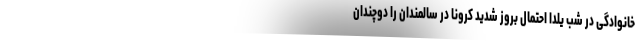
خانوادگی در شب یلدا احتمال بروز شدید کرونا در سالمندان را دوچندان